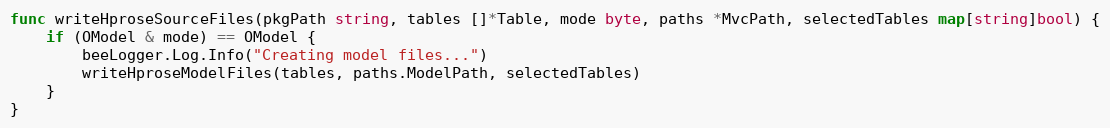
Language: Go
func writeHproseSourceFiles(pkgPath string, tables []*Table, mode byte, paths *MvcPath, selectedTables map[string]bool) {
	if (OModel & mode) == OModel {
		beeLogger.Log.Info("Creating model files...")
		writeHproseModelFiles(tables, paths.ModelPath, selectedTables)
	}
}